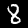
Label: 8